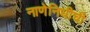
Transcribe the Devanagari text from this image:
नाणेनिधीची